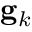
\mathbf { g } _ { k }